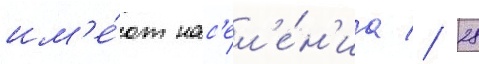
им'е́ют нас'ел'е́н'иа // 28